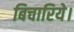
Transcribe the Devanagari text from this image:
बिचारिये।